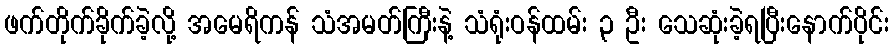
ဖက်တိုက်ခိုက်ခဲ့လို့ အမေရိကန် သံအမတ်ကြီးနဲ့ သံရုံးဝန်ထမ်း ၃ ဦး သေဆုံးခဲ့ရပြီးနောက်ပိုင်း